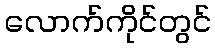
လောက်ကိုင်တွင်